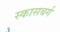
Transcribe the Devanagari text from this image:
स्कासबर्ग